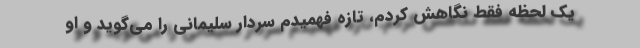
یک لحظه فقط نگاهش کردم، تازه فهمیدم سردار سلیمانی را می‌گوید و او